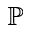
\mathbb { P }